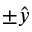
\pm \hat { y }